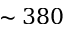
\sim 3 8 0